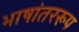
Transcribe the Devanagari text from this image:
भाषांतररूप